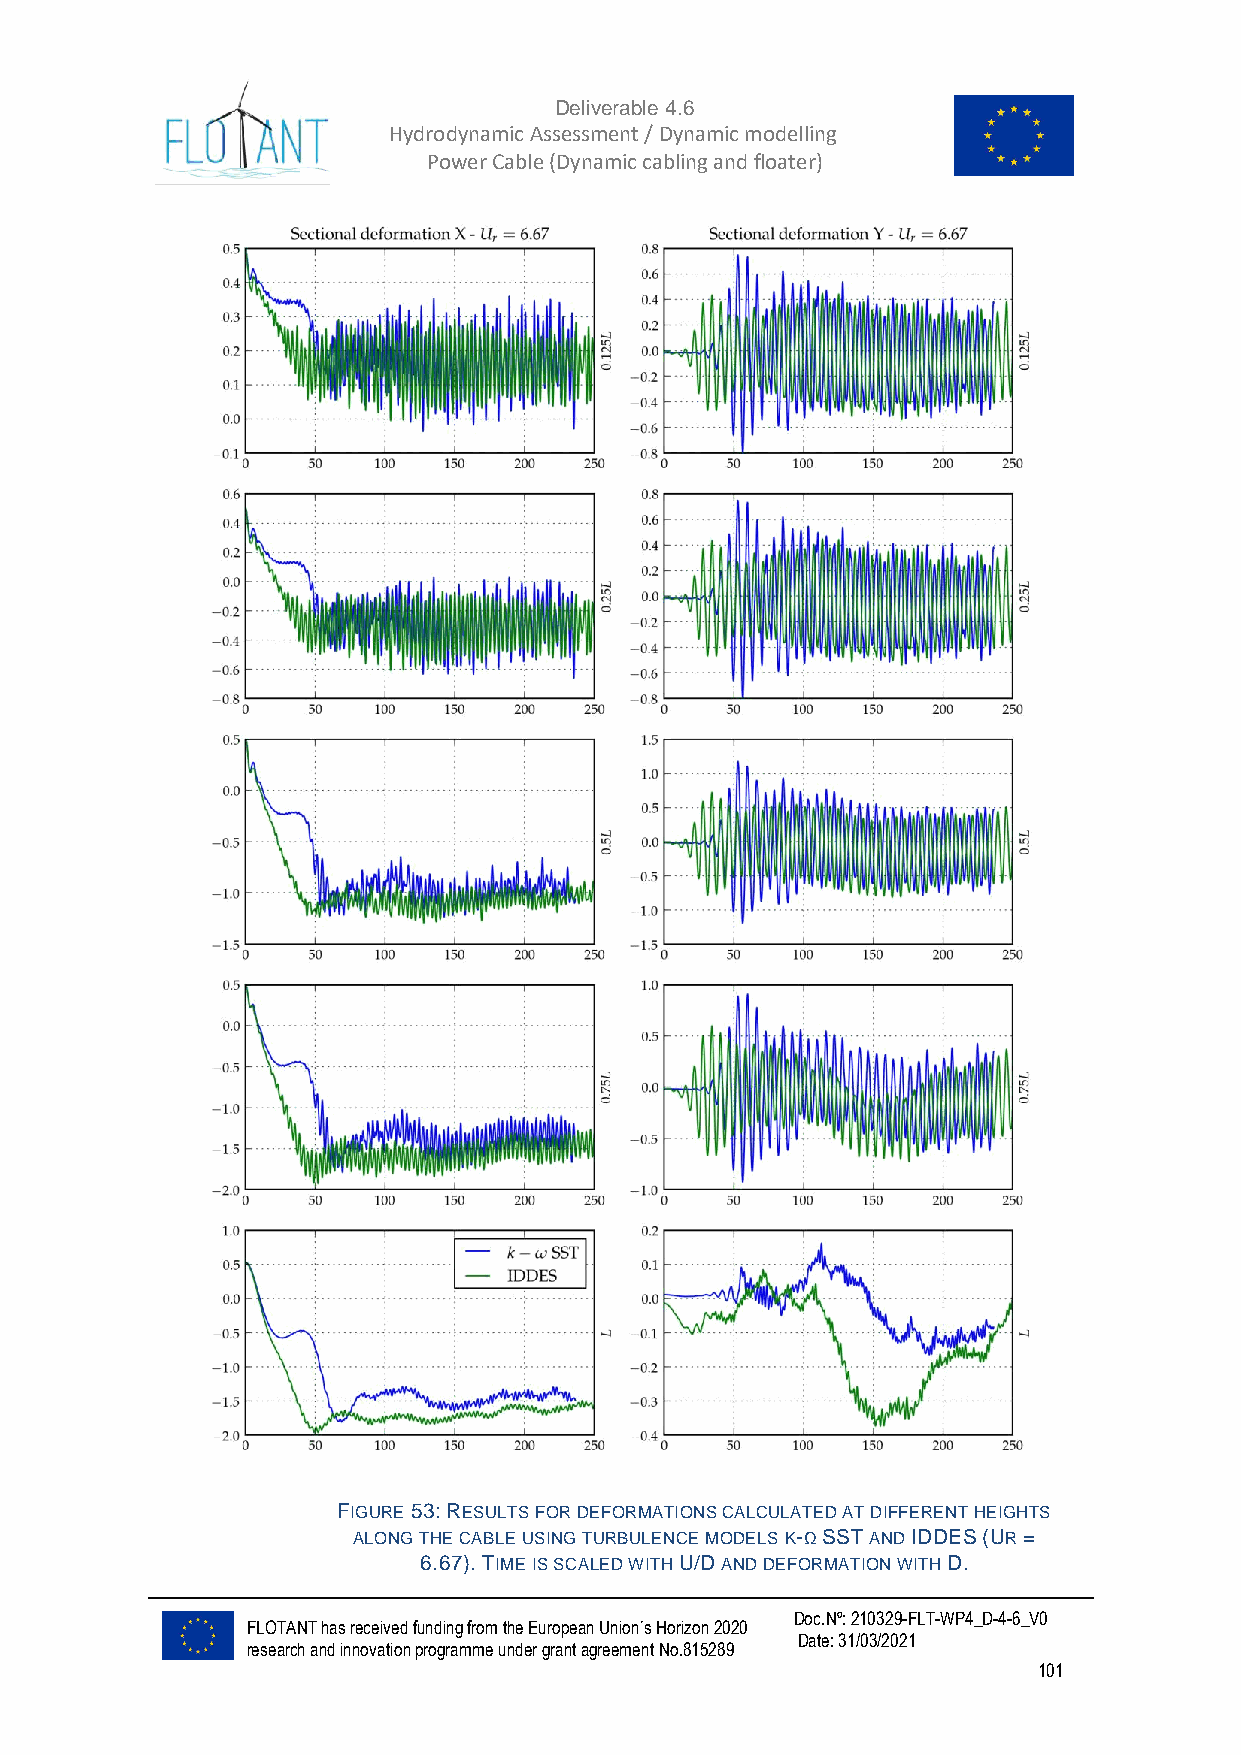
Deliverable 4.6
 Hydrodynamic Assessment / Dynamic modelling of
 Power Cable (Dynamic cabling and floater)
 FIGURE 53: RESULTS FOR DEFORMATIONS CALCULATED AT DIFFERENT HEIGHTS
 ALONG THE CABLE USING TURBULENCE MODELS K-Ω SST AND IDDES (UR =
 6.67). TIME IS SCALED WITH U/D AND DEFORMATION WITH D.
 Doc.Nº: 210329-FLT-WP4_D-4-6_V0
 FLOTANT has received funding from the European Union´s Horizon 2020
 Date: 31/03/2021
 research and innovation programme under grant agreement No.815289
 101